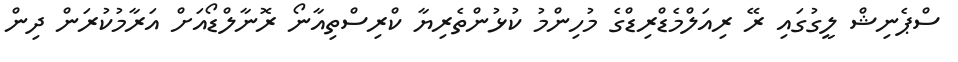
ސްޕެނިޝް ލީގުގައި ރޭ ރިއަލްމެޑްރިޑްގެ މުހިންމު ކުޅުންތެރިޔާ ކްރިސްތިއާނޯ ރޮނާލްޑޯއަށް އަރާމުކުރަން ދިން